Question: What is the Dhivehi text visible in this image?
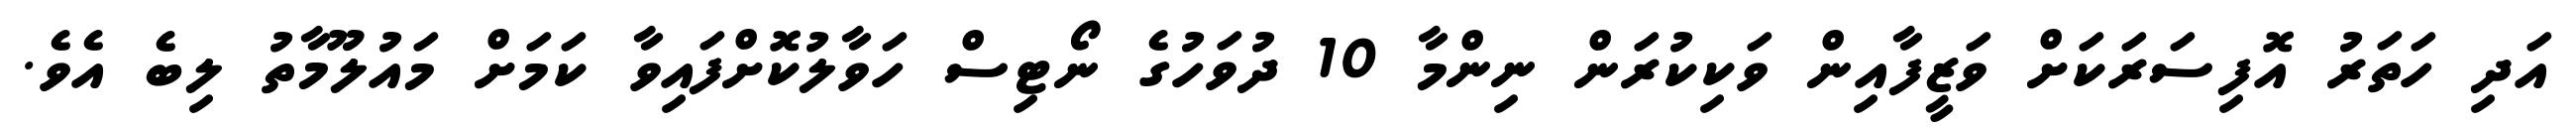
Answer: އަދި ހަތަރު އޮފިސަރަކަށް ވަޒީފާއިން ވަކިކުރަން ނިންމާ 10 ދުވަހުގެ ނޯޓިސް ހަވާލުކޮށްފައިވާ ކަމަށް މައުލޫމާތު ލިބެ އެވެ.